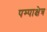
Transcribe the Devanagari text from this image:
पम्पाक्षेत्र